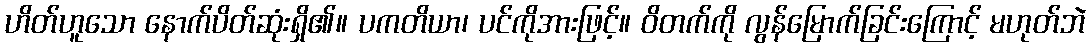
ဟိတ်ဟူသော နောက်ပိတ်ဆုံးရှိ၏။ ပကတိယာ၊ ပင်ကိုအားဖြင့်။ ဝိတက်ကို လွန်မြောက်ခြင်းကြောင့် မဟုတ်ဘဲ